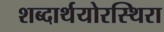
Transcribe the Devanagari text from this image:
शब्दार्थयोरस्थिरा